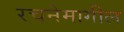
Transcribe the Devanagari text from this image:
रचनेमागील